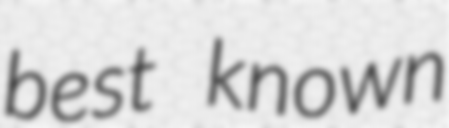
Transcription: best known